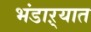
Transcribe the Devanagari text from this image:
भंडाऱ्यात